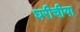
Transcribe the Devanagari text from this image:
घरीचीया